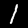
Label: 1